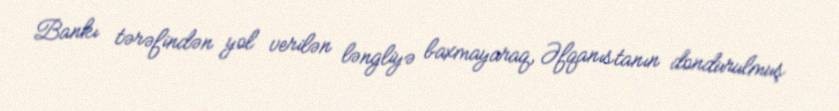
Bankı tərəfindən yol verilən ləngliyə baxmayaraq, Əfqanıstanın dondurulmuş